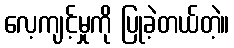
လေ့ကျင့်မှုကို ပြုခဲ့တယ်တဲ့။